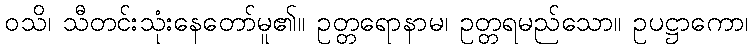
ဝသိ၊ သီတင်းသုံးနေတော်မူ၏။ ဥတ္တရောနာမ၊ ဥတ္တရမည်သော။ ဥပဋ္ဌာကော၊